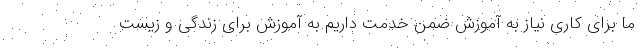
ما برای کاری نیاز به آموزش ضمن خدمت داریم به آموزش برای زندگی و زیست